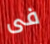
فى